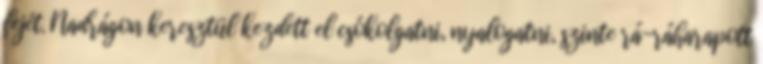
fejét. Nadrágon keresztül kezdett el csókolgatni, nyalogatni, szinte rá-ráharapott